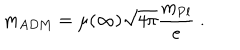
m _ { \mathrm { A D M } } = \mu ( \infty ) \sqrt { 4 \pi } \frac { m _ { \mathrm { P l } } } { e } \ .